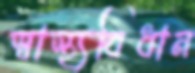
স্বাস্থ্যবিধান